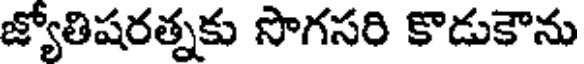
జ్యోతిషరత్నకు సొగసరి కొడుకౌను